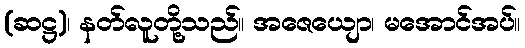
(ဆဋ္ဌ)၊ နတ်လူတို့သည်။ အဇေယျော၊ မအောင်အပ်။